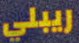
ريبلي